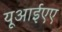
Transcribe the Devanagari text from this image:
यूआईएए